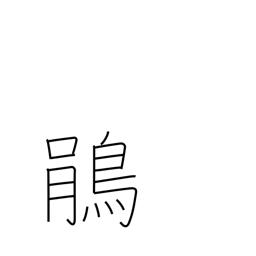
Meaning: cuckoo